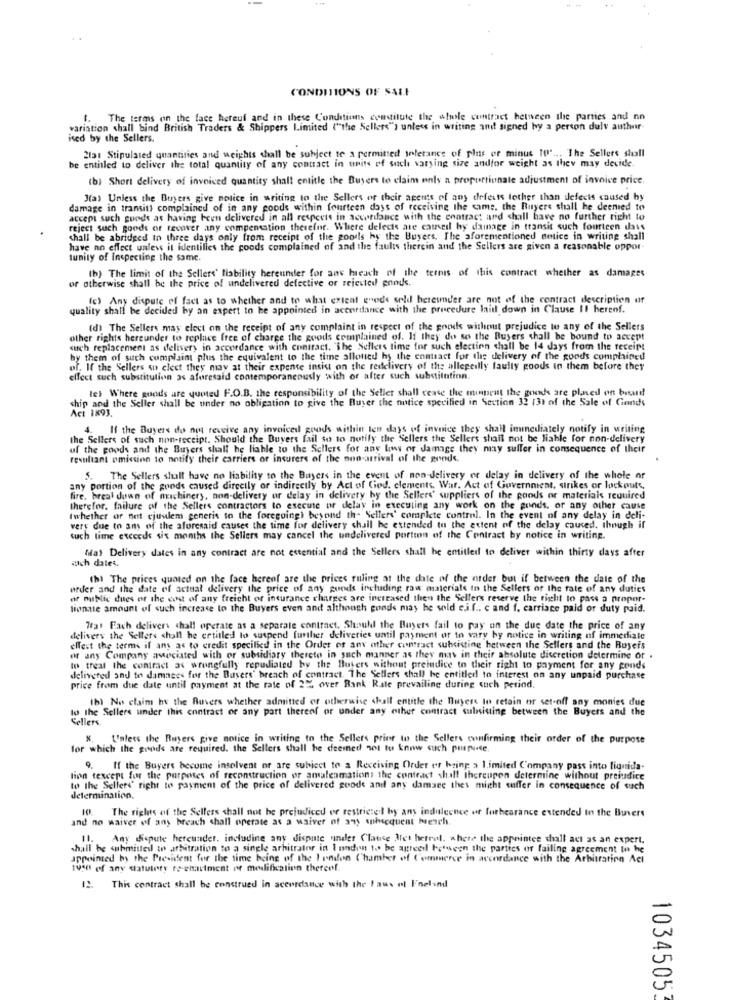
CONDITIONS OF SALE
The terms on the face hereuf and in these Conditions constitute the whole contract between the parties and nn
variation shall bind British Traders & Shippers Limited ("the Sellers"') unless in writing and signed by a person duly author-
ied by the Sellers.
2151 Stipulated quantities and weights shall be subject to a permitted tolerance of plus or minus to .... The Sellers shall
be entitled to deliver the total quantity of any contract in units of such varsing size andfor weight as they may decide.
(b) Short delivery of invoiced quantity shall entitle the Buyers to claim only a proportionate adjustment of invoice price.
J(a) Unless the Buyers give notice in writing to the Sellers or their agents of any defects lother than ilefecis caused by
damage in transitt complained of in any goods within fourteen days of receiving the same, the Buyers shall he deenied to
accept such goodt as having been delivered in all respects in accordance with the contract and shall have no further right to
reject such goods or recover any compensation therefor. Where delects are catredl hy damage in transit such fourteen dass
shall be abridged to three days only from receipt of the goods hy the Buyers. The aforementioned notice in writing shall
have no effect unless it identifies the goods complained of and the faults therein and the Sellers are given a reasonable oppor
tunity of Inspecting the same.
(b) The limit of the Sellers' liability hereunder for ans hieach of the termis of this contract whether as damages
or otherwise shall be the price of undelivered defective or rejected grinds.
(c) Any dispute of fact as to whether and to what extent erede sold hereunder are not of the contract description uf
quality shall be decided by an expert to be appointed in accordance with the procedure laid down in Clause Il herenf.
(d) The Sellers may elect on the receipt of any complaint in respect of the goods without prejudice to any of the Sellers
other rights hereunder to replace free of charge the goods complained of. If they do so the Buyers shall be bound to accept
durch replacement as delivery in accordance with contract. "The Sellers time for such election shall be 14 days from the receipt
by them of such complaint plus the equivalent to the time allotted hy the enntact for the delivery of the goods complained
of. If the Sellers on clect they may at their expense insist on the redelivery of the allegedlly faulty goods in them before they
effect such substitution as aforesaid contemporaneously with or after such substitution
le) Where goods are quoted F.O.B. the responsibility of the Seller shall cease the mispeut the goods are placed on busund
ship and the Seller shall be under no obligation to give the Buyer the notice specified in Section 32 (31 of the Sale of Gonds
Act 1893.
4. If the Buyers do not receive any invoiced goods within ten days of invoice they shall immediately notify in writing
the Sellers of such non-receipt. Should the Buyers fail so to notify the Sellers the Sellers shall not be liable for non-delivery
uf the goods and the Buyers shall be liable to the Sellers for any loss or damage they may suffer in consequence of their
resultant omicinn to notify their carriers or insurers of the non-arrival of the goods,
5. The Sellers shall have no liability to the Buyers in the event of non-delivery er delay in delivery of the whole or
any portion of the goods caused directly or indirectly by Act of Ciod. clements. War. Act of Government, strikes or lockputs,
fire. hreal duwn of machinery, non-delivery or delay in delivery by the Sellers' suppliers of the goods or materials required
therefor. failure of the Sellers contractors to execute or delay in executing any work on the gunds, or any other cause
twhether or not cjualem generis to the foregoing) beyond the Sellers' complete control. In the event of any delay in deli-
very due to am of the aforesaid causes the time for delivery shall be extended to the extent of the delay caused, though if
tuch lime exceeds six months the Sellers may cancel the undelivered portion of the Contract by notice in writing.
May Delivery dates in any contract are not estential and the Sellers shall be entitled to deliver within thirty days after
auch dates.
(h) The prices quoted on the face hereaf are the prices ruling at the date of the order but if between the date of the
order and the date of actual delivery the price of any goods including raw materials in the Sellers of the rate of any duties
of public dues or the cost of any freicht of insurance charges are increased then the Sellers reserve the right to pass a propor-
tionate amount of such increase to the Buyers even and although gunds may be wild e.i.f .. c and f. carriage paid of duty paid.
7rat Fach delivers chall operate as a separate contract. Should the Buyers fail to pay on the due date the price of any
delivery the Sellers shall be entitled to suspend further deliveries until payment or to vary by notice in writing of immediate
elfest the terms if any as to credit specified in the Order of any other contract subsisting between the Sellers and the Buyers
or any Company asociated with or subsidiary thereto in such manner as they may in their absolute discretion determine or .
to treat the contract as wrongfully repudiated by the Buyers without preindice to their right to payment for any conds
delivered and to damages for the Buyers' breach of contract. The Sellers shall be entitled to interest on any unpaid purchase
price from due date until payment at the rate of 2% over Bank Rate prevailing during such period.
1b) No claim ht the Rivers whether admitted or otherwise dull entitle the Buyers to retain or set-off any monies due
to the Sellers under this contract or any part thereof or under any other contract sulniting between the Buyers and the
Sellers
Unless the Buyers give notice in writing to the Sellers prior to the Sellers confirming their order of the purpose
for which the goods are required. the Sellers shall be deemed not to konw such pupuce.
9.
If the Buyers become insolvent or are subject to a Receiving Ordet er being a 1.imited Company pass into lignida-
lion texcept for the purposes of reconstruction of amalenmations the contract shall thereupon determine without prejudice
to the Sellers' right to payment of the price of delivered goods and any damage thes might suffer in consequence of such
determination,
10. The rights of the Sellers shall not be prejudiced er restrictedl by any indulcence ur forbearance extended in the Buvers
and no waiver of any breach shall operate as a waiver of any subsequent wench.
11. Any dispute hereunder, including any dispute vinder Clause Met herrel, where the appointee chall act as an expert.
shall be submitted to arbitration to a single arbitraler in I undon to be agreeil between the parties of failing agreement to he
appointed by the President for the time being of the london Chamber of ('ommerce in accordance with the Arbitration Acl
1930 of any statulety re enactment or modification thereof.
12. This contract shall be construed in accordance with the laws of Fneland
1034505